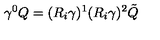
\gamma ^ { 0 } Q = ( R _ { i } \gamma ) ^ { 1 } ( R _ { i } \gamma ) ^ { 2 } \tilde { Q }